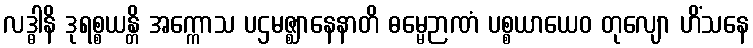
လဒ္ဓါနိ ဒုရစ္စယန္တိ အက္ကောသ ပဌမဇ္ဈာနေနာတိ ဓမ္မေဉာဏံ ပစ္စယာယေဝ တုလျော ဟိံသနေ